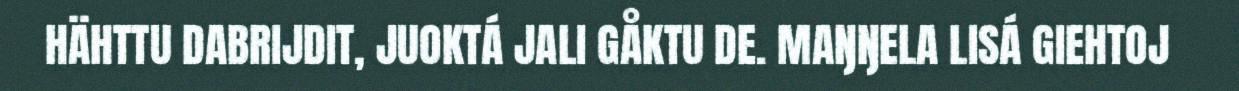
HÄHTTU DABRIJDIT, JUOKTÁ JALI GÅKTU DE. MAŊŊELA LISÁ GIEHTOJ